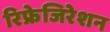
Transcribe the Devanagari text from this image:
रिफ्रेजिरेशन